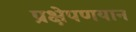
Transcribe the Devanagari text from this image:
प्रक्षेपणयान